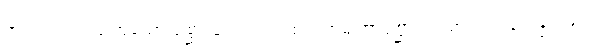
အယံ၊ ဤကထံဟူသော ပုစ္ဆာသည်။ ကထေတုကမျတာပုစ္ဆာ၊ တည်း။ ဝါ၊ ဖြေခြင်းငှာ